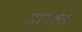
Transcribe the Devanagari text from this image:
प्राचतेस